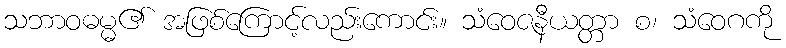
သဘာဝဓမ္မ၏ အဖြစ်ကြောင့်လည်းကောင်း။ သံဝေဇနီယတ္တာ စ၊ သံဝေဂကို